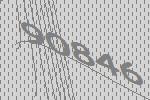
90846